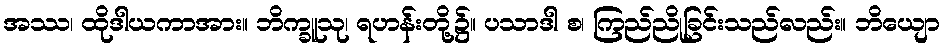
အဿ၊ ထိုဒါယကာအား။ ဘိက္ခူသု၊ ရဟန်းတို့၌။ ပသာဒါ စ၊ ကြည်ညိုခြင်းသည်လည်း။ ဘိယျော